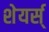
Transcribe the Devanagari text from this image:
शेयर्स्